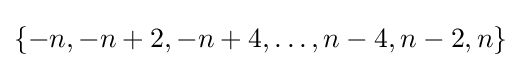
\{-n,-n+2,-n+4,\dots ,n-4,n-2,n\}